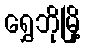
ရွှေဘိုမြို့